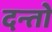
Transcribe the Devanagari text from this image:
दन्तो